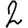
Digit: 2